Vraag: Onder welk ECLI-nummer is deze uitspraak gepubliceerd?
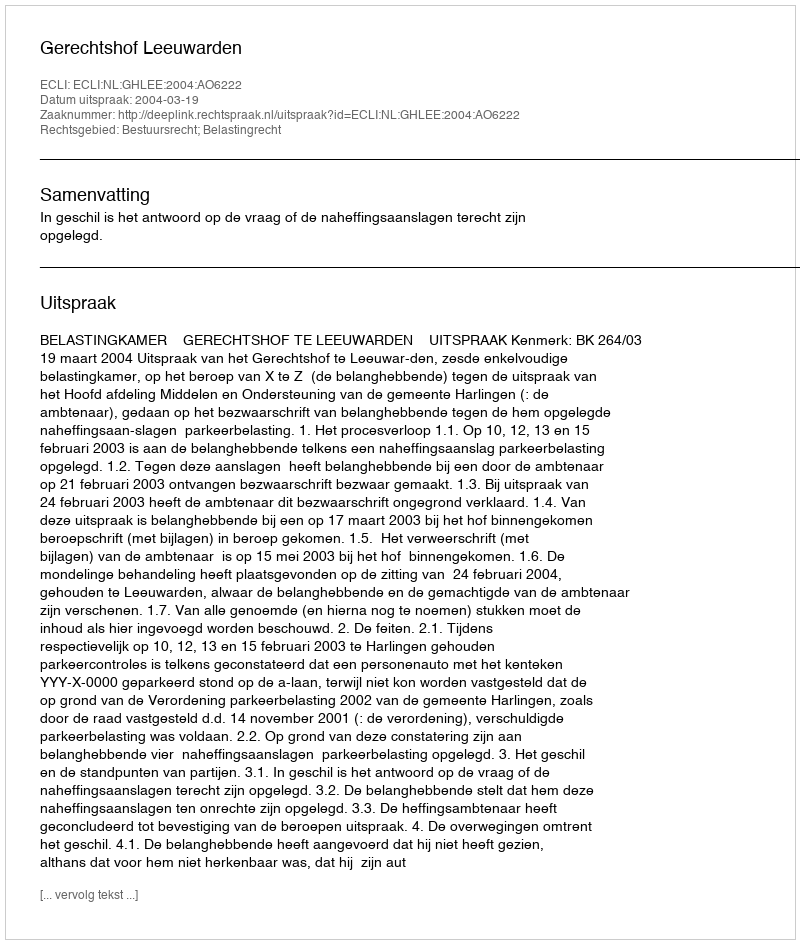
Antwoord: ECLI:NL:GHLEE:2004:AO6222